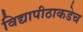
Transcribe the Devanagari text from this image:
विद्यापीठाकडेच